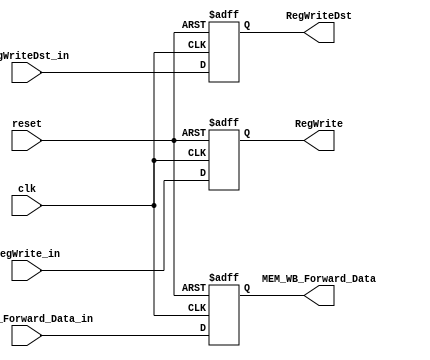
module WB(
    input reset,
    input clk,
    input RegWrite_in,
    input [31:0]  MEM_WB_Forward_Data_in,
    input [4:0] RegWriteDst_in,
    output reg RegWrite,
    output reg [31:0] MEM_WB_Forward_Data,
    output reg [4:0] RegWriteDst
);

    always @(posedge reset or posedge clk) begin
        if  (reset) begin
            RegWrite <= 1'b0;
            MEM_WB_Forward_Data <= 32'h00000000;
            RegWriteDst <= 5'b00000;
        end
        else begin
            RegWrite <= RegWrite_in;
            MEM_WB_Forward_Data <= MEM_WB_Forward_Data_in;
            RegWriteDst <= RegWriteDst_in;
        end
    end

endmodule